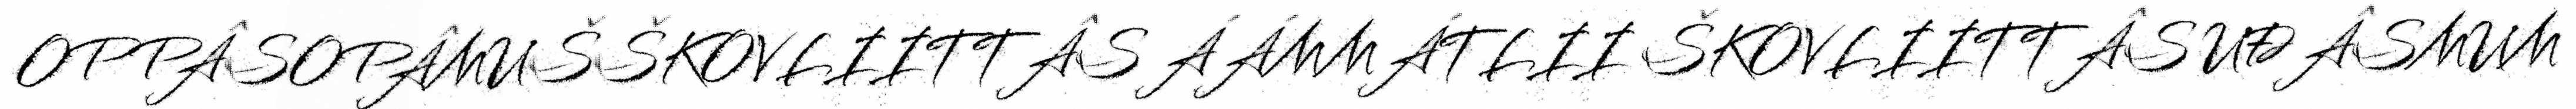
OPPÂSOPÂMUŠŠKOVLIITTÂS ÁÁMMÁTLII ŠKOVLIITTÂS UĐÂSMUM